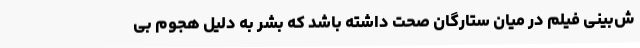
ش‌بینی فیلم در میان ستارگان صحت داشته باشد که بشر به دلیل هجوم بی